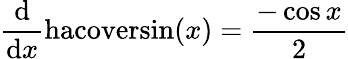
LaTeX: {\frac{\mathrm{d}}{\mathrm{d}x}}\mathrm{hacoversin}(x)={\frac{-\cos{x}}{2}}